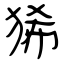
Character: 狶